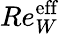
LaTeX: Re_{W}^{\mathrm{eff}}